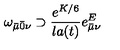
\omega _ { \bar { \mu } \bar { 0 } \nu } \supset \frac { e ^ { K / 6 } } { l a ( t ) } e _ { \bar { \mu } \nu } ^ { E }